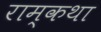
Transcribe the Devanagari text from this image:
राम्कथा